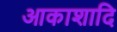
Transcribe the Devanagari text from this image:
आकाशादि